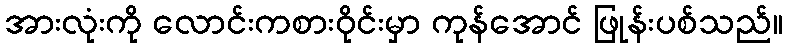
အားလုံးကို လောင်းကစားဝိုင်းမှာ ကုန်အောင် ဖြုန်းပစ်သည်။